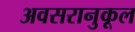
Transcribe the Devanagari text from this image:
अवसरानुकूल